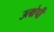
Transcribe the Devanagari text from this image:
उत्क्षेपी